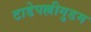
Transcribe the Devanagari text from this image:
टाडेपल्लीगुडम